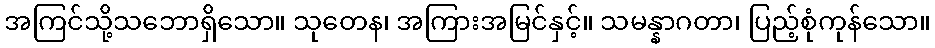
အကြင်သို့သဘောရှိသော။ သုတေန၊ အကြားအမြင်နှင့်။ သမန္နာဂတာ၊ ပြည့်စုံကုန်သော။